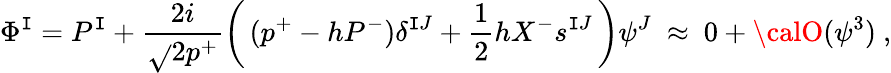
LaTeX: \Phi^{\mathtt{I}}=P^{\mathtt{I}}+\frac{{2i}}{{\sqrt{}{{2p^{+}}}}}\left(\, (p^{+}-hP^{-})\delta^{\mathtt{I}J}+\frac{{1}}{{2}}hX^{-}s^{\mathtt{I}J}\, \right)\psi^{J}~\approx~0+{\calO}(\psi^{3})~,